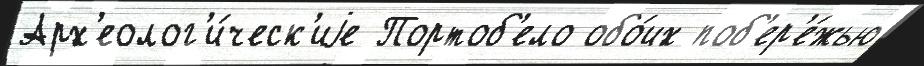
Арх'еолог'и́ческ'иjе Портоб'ело обо́их поб'ер'е́жью